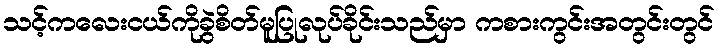
သင့်ကလေးငယ်ကိုခွဲစိတ်မူပြုလုပ်ခိုင်းသည်မှာ ကစားကွင်းအတွင်းတွင်